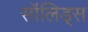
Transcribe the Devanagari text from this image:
सॉलिड्स